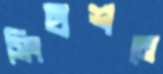
সিংহাশনে